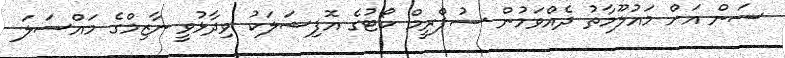
ސަން އަށް މައުލޫމާތު ދެއްވަމުން ސުޕްރީމް ކޯޓުގެ އޮފިޝަލަކު ވިދާޅުވީ ނާޒިމްގެ މައްސަލަ